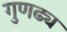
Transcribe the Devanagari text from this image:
गुणढ्य